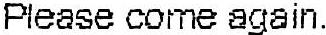
PLEASE COME AGAIN.